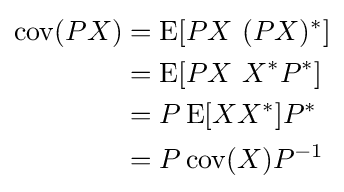
{\begin{aligned}\operatorname {cov} (PX)&=\operatorname {E} [PX~(PX)^{*}]\\&=\operatorname {E} [PX~X^{*}P^{*}]\\&=P\operatorname {E} [XX^{*}]P^{*}\\&=P\operatorname {cov} (X)P^{-1}\\\end{aligned}}